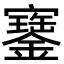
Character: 𡫿